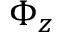
\Phi _ { z }